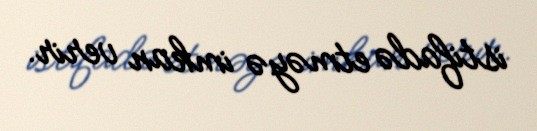
istifadə etməyə imkan verir.